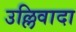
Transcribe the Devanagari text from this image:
उल्लिवादा